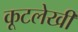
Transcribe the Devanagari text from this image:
कूटलेखी